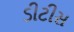
ડીટીસ